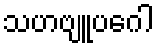
သဟဗျူပဂေါ